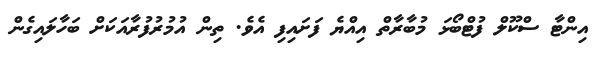
އިންޓާ ސްކޫލް ފުޓްބޯޅަ މުބާރާތް އިއްޔެ ފަށައިފި އެވެ. ތިން އުމުރުފުރާއަކަށް ބަހާލައިގެން